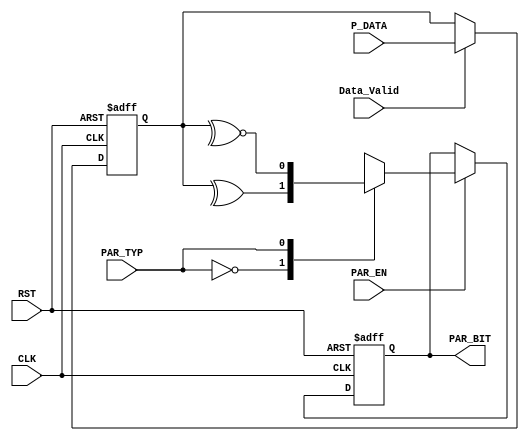
module paritycalc #(
    parameter P_DATA_WIDTH = 8    //DATA WIDTH
) (
    input wire [P_DATA_WIDTH-1:0] P_DATA ,
    input wire                    Data_Valid ,
    input wire                    PAR_TYP ,
    input wire                    PAR_EN ,
    input wire                    CLK , RST ,
    output reg                   PAR_BIT
);

   reg [P_DATA_WIDTH-1:0]  TEMP ;

   always @(posedge CLK or negedge RST ) begin
        if (!RST) begin
            TEMP <= 'b0 ;
        end else if(Data_Valid) begin
            TEMP <= P_DATA ;
        end
   end

   always @(posedge CLK or negedge RST ) begin
       if (!RST) begin
        PAR_BIT <= 1'b0 ;
       end else begin
        if (PAR_EN) begin
          case (PAR_TYP)
            1'b0: PAR_BIT <= ^TEMP ; //even
            1'b1: PAR_BIT <= ~^TEMP ; //odd
          endcase  
        end
       end
   end
endmodule